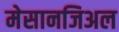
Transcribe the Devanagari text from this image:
मेसानजिअल